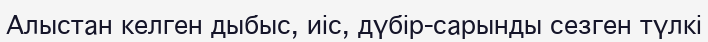
Алыстан келген дыбыс, иіс, дүбір-сарынды сезген түлкі